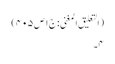
(التعلیق المغنی: ج۱ص۴۰۵)
۴۔